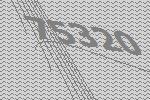
75320